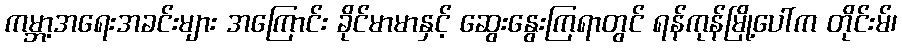
ကမ္ဘာ့အရေးအခင်းများ အကြောင်း ခိုင်မာမာနှင့် ဆွေးနွေးကြရာတွင် ရန်ကုန်မြို့ပေါ်က တိုင်းမ်၊